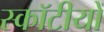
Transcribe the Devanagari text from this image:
स्कॉटीयों